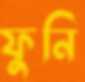
ফুনি